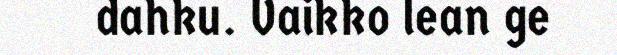
dahku. Vaikko lean ge